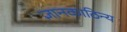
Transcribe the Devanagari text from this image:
ज्ञानकाठिन्य